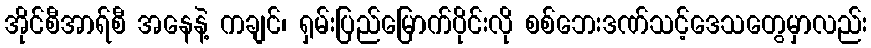
အိုင်စီအာရ်စီ အနေနဲ့ ကချင်၊ ရှမ်းပြည်မြောက်ပိုင်းလို စစ်ဘေးဒဏ်သင့်ဒေသတွေမှာလည်း